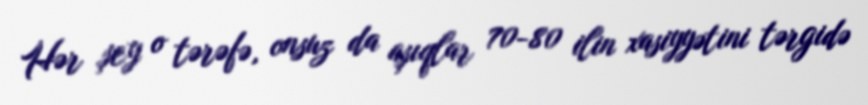
Hər şey o tərəfə, onsuz da aşıqlar 70-80 ilin xasiyyətini tərgidə